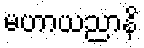
မဟာယညာနိ